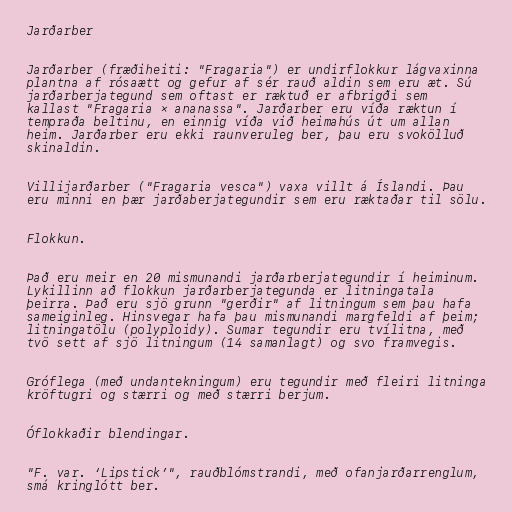
Jarðarber

Jarðarber (fræðiheiti: "Fragaria") er undirflokkur lágvaxinna
plantna af rósaætt og gefur af sér rauð aldin sem eru æt. Sú
jarðarberjategund sem oftast er ræktuð er afbrigði sem
kallast "Fragaria × ananassa". Jarðarber eru víða ræktun í
tempraða beltinu, en einnig víða við heimahús út um allan
heim. Jarðarber eru ekki raunveruleg ber, þau eru svokölluð
skinaldin.

Villijarðarber ("Fragaria vesca") vaxa villt á Íslandi. Þau
eru minni en þær jarðaberjategundir sem eru ræktaðar til sölu.

Flokkun.

Það eru meir en 20 mismunandi jarðarberjategundir í heiminum.
Lykillinn að flokkun jarðarberjategunda er litningatala
þeirra. Það eru sjö grunn "gerðir" af litningum sem þau hafa
sameiginleg. Hinsvegar hafa þau mismunandi margfeldi af þeim;
litningatölu (polyploidy). Sumar tegundir eru tvílitna, með
tvö sett af sjö litningum (14 samanlagt) og svo framvegis.

Gróflega (með undantekningum) eru tegundir með fleiri litninga
kröftugri og stærri og með stærri berjum.

Óflokkaðir blendingar.

"F. var. ‘Lipstick’", rauðblómstrandi, með ofanjarðarrenglum,
smá kringlótt ber.